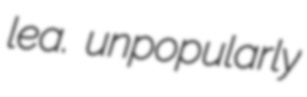
lea. unpopularly